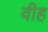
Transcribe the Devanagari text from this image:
वीह